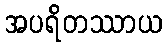
အပရိတဿာယ